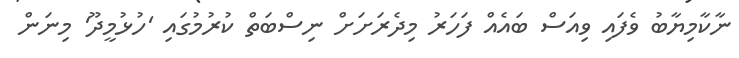
ނާކާމިޔާބު ވެފައި ވިއަސް ބައެއް ފަހަރު މިދެރަށަށް ނިސްބަތް ކުރުމުގައި 'ހުޅުމީދޫ' މިނަން